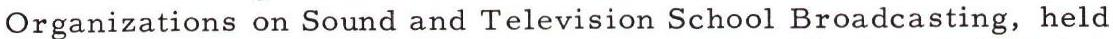
Organizations on Sound and Television School Broadcasting, held